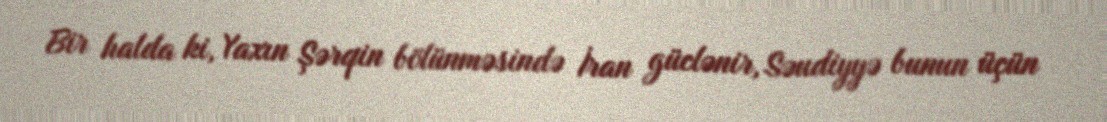
Bir halda ki, Yaxın Şərqin bölünməsində İran güclənir, Səudiyyə bunun üçün